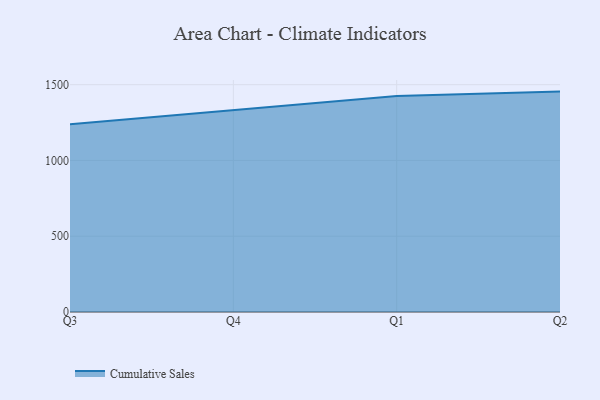
{"axis": {"x": "Quarter", "y": "Tickets Resolved"}, "legend": ["Cumulative Sales"], "data": [{"x": "Q3", "y": 1239.1, "type": "Cumulative Sales"}, {"x": "Q4", "y": 1330.2, "type": "Cumulative Sales"}, {"x": "Q1", "y": 1425.1, "type": "Cumulative Sales"}, {"x": "Q2", "y": 1454.2, "type": "Cumulative Sales"}]}